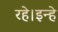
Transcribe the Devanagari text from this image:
रहे।इन्हे